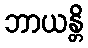
ဘာယန္တိ